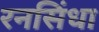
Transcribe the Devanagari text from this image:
रनसिंधा